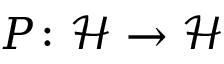
P \colon { \mathcal { H } } \to { \mathcal { H } }